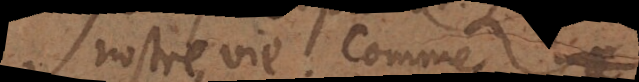
nostre vie, comme